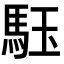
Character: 𩢤